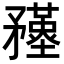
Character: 𥎚